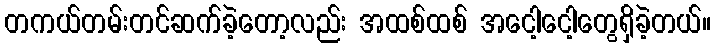
တကယ်တမ်းတင်ဆက်ခဲ့တော့လည်း အထစ်ထစ် အငေါ့ငေါ့တွေရှိခဲ့တယ်။